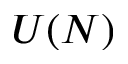
U ( N )